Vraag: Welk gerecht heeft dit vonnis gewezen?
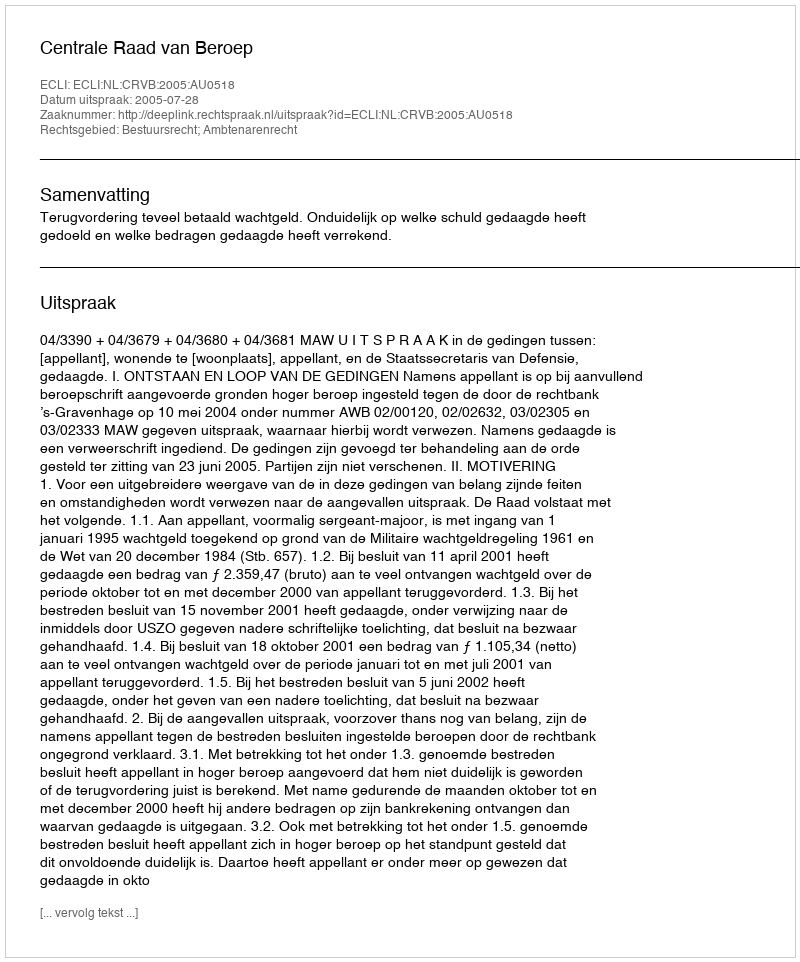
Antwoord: Centrale Raad van Beroep